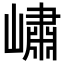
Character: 𡼣